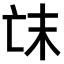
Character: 𠅒